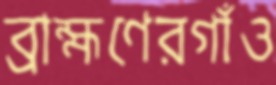
ব্রাহ্মণেরগাঁও